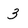
Character: 3